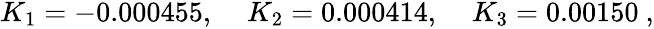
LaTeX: \begin{array}{lll}{{K_{1}=-0.000455,\; }}&{{K_{2}=0.000414,\; }}&{{K_{3}=0.00150~,}}\end{array}